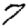
Digit: 7